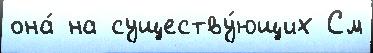
она́ на существу́ющих См